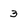
Character: 3